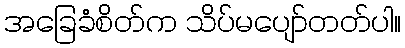
အခြေခံစိတ်က သိပ်မပျော်တတ်ပါ။